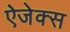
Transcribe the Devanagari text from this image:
ऐजेक्स